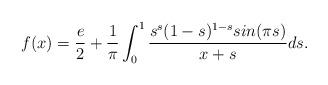
LaTeX: \begin{align*}f(x)=\frac{e}{2}+\frac{1}{\pi}\int_{0}^{1}\frac{s^s(1-s)^{1-s}sin(\pi{s})}{x+s}ds .\end{align*}